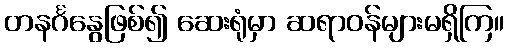
တနင်္ဂနွေဖြစ်၍ ဆေးရုံမှာ ဆရာဝန်များမရှိကြ။